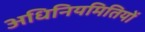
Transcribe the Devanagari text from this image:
अधिनियमितियों